Rangoon Lunatic Asylum 1878-1892 - 1878-1892
Year: 1878
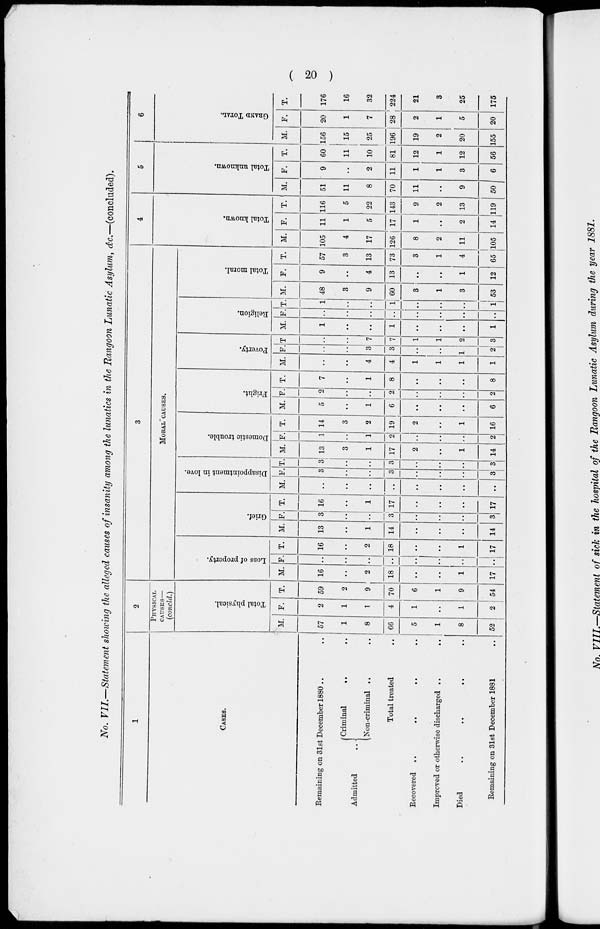
20
No. VII.—Statement showing the alleged causes of insanity among the lunatics in the Rangoon Lunatic Asylum, &c.—(concluded).
1
CASES.
Remaining on 31st December 1880 .. ..
Admitted ..
Criminal
..
..
Non-criminal .. ..
Total treated ..
Recovered ..
..
..
Improved or otherwise discharged ..
..
Died
..
..
..
..
Remaining on 31st December 1881 ..
2
PHISICAL
CAUSES—
(concld.)
Total physical.
M.
57
1
8
66
5
1
8
52
F.
2
1
1
4
1
..
1
2
T.
59
2
9
70
6
1
9
54
3
MORAL CAUSES.
Loss of property.
M.
16
..
2
18
..
..
1
17
F.
..
..
..
..
..
..
..
..
T.
16
..
2
18
..
..
1
17
Grief.
M.
13
..
1
14
..
..
..
14
F.
3
..
..
3
..
..
..
3
T.
16
..
1
17
..
..
..
17
Disappointment in love.
M.
..
..
..
..
..
..
..
..
F.
3
..
..
3
..
..
..
3
T.
3
..
..
3
..
..
..
3
Domestic trouble.
M.
13
3
1
17
2
..
1
14
F.
1
..
1
2
..
..
..
2
T.
14
3
2
19
2
..
1
16
Fright.
M.
5
..
1
6
..
..
..
6
F.
2
..
..
2
..
..
..
2
T.
7
..
1
8
..
..
..
8
Poverty.
M.
..
..
4
4
1
1
1
1
F.
..
..
3
3
..
..
1
2
T.
..
..
7
7
1
1
2
3
Religion.
M.
1
..
..
1
..
..
..
1
F.
..
..
..
..
..
..
..
..
T.
1
..
..
1
..
..
..
1
Total moral.
M.
48
3
9
60
3
1
3
53
F.
9
..
4
13
..
..
1
12
T.
57
3
13
73
3
1
4
65
4
Total known.
M.
105
4
17
126
8
2
11
105
F.
11
1
5
17
1
..
2
14
T.
116
5
22
143
9
2
13
119
5
Total unknown.
M.
51
11
8
70
11
..
9
50
F.
9
..
2
11
1
1
3
6
T.
60
11
10
81
12
1
12
56
6
GRAND TOTAL.
M.
156
15
25
196
19
2
20
155
F.
20
1
7
28
2
1
5
20
T.
176
16
32
224
21
3
25
175